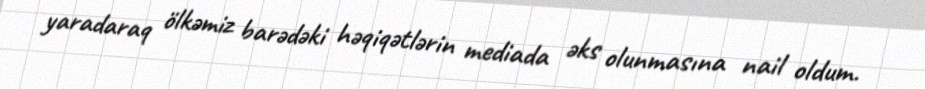
yaradaraq ölkəmiz barədəki həqiqətlərin mediada əks olunmasına nail oldum.